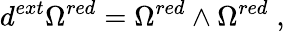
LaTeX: d^{ext}\Omega^{red}=\Omega^{red}\wedge\Omega^{red}\; ,